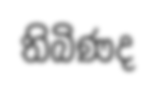
තිබිණද